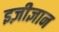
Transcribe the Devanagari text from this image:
इज़ीज्ञान